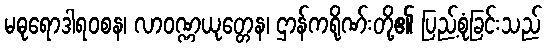
မဓုရောဒါရဝစန၊ လာဝဏ္ဏယုတ္တေန၊ ဌာန်ကရိုဏ်းတို့၏ ပြည့်စုံခြင်းသည်